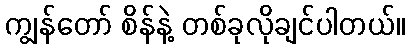
ကျွန်တော် စိန်နဲ့ တစ်ခုလိုချင်ပါတယ်။